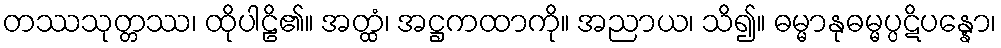
တဿသုတ္တဿ၊ ထိုပါဠိ၏။ အတ္ထံ၊ အဋ္ဌကထာကို။ အညာယ၊ သိ၍။ ဓမ္မာနုဓမ္မပ္ပဋိပန္နော၊